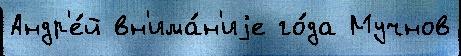
Андр'е́й вн'има́н'иjе го́да Мучнов